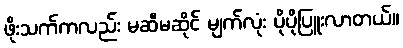
ဖိုးသက်ကလည်း မဆီမဆိုင် မျက်လုံး ပိုပိုပြူးလာတယ်။